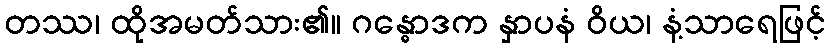
တဿ၊ ထိုအမတ်သား၏။ ဂန္ဓောဒက နှာပနံ ဝိယ၊ နံ့သာရေဖြင့်